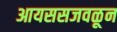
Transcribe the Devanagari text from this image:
आयससजवळून